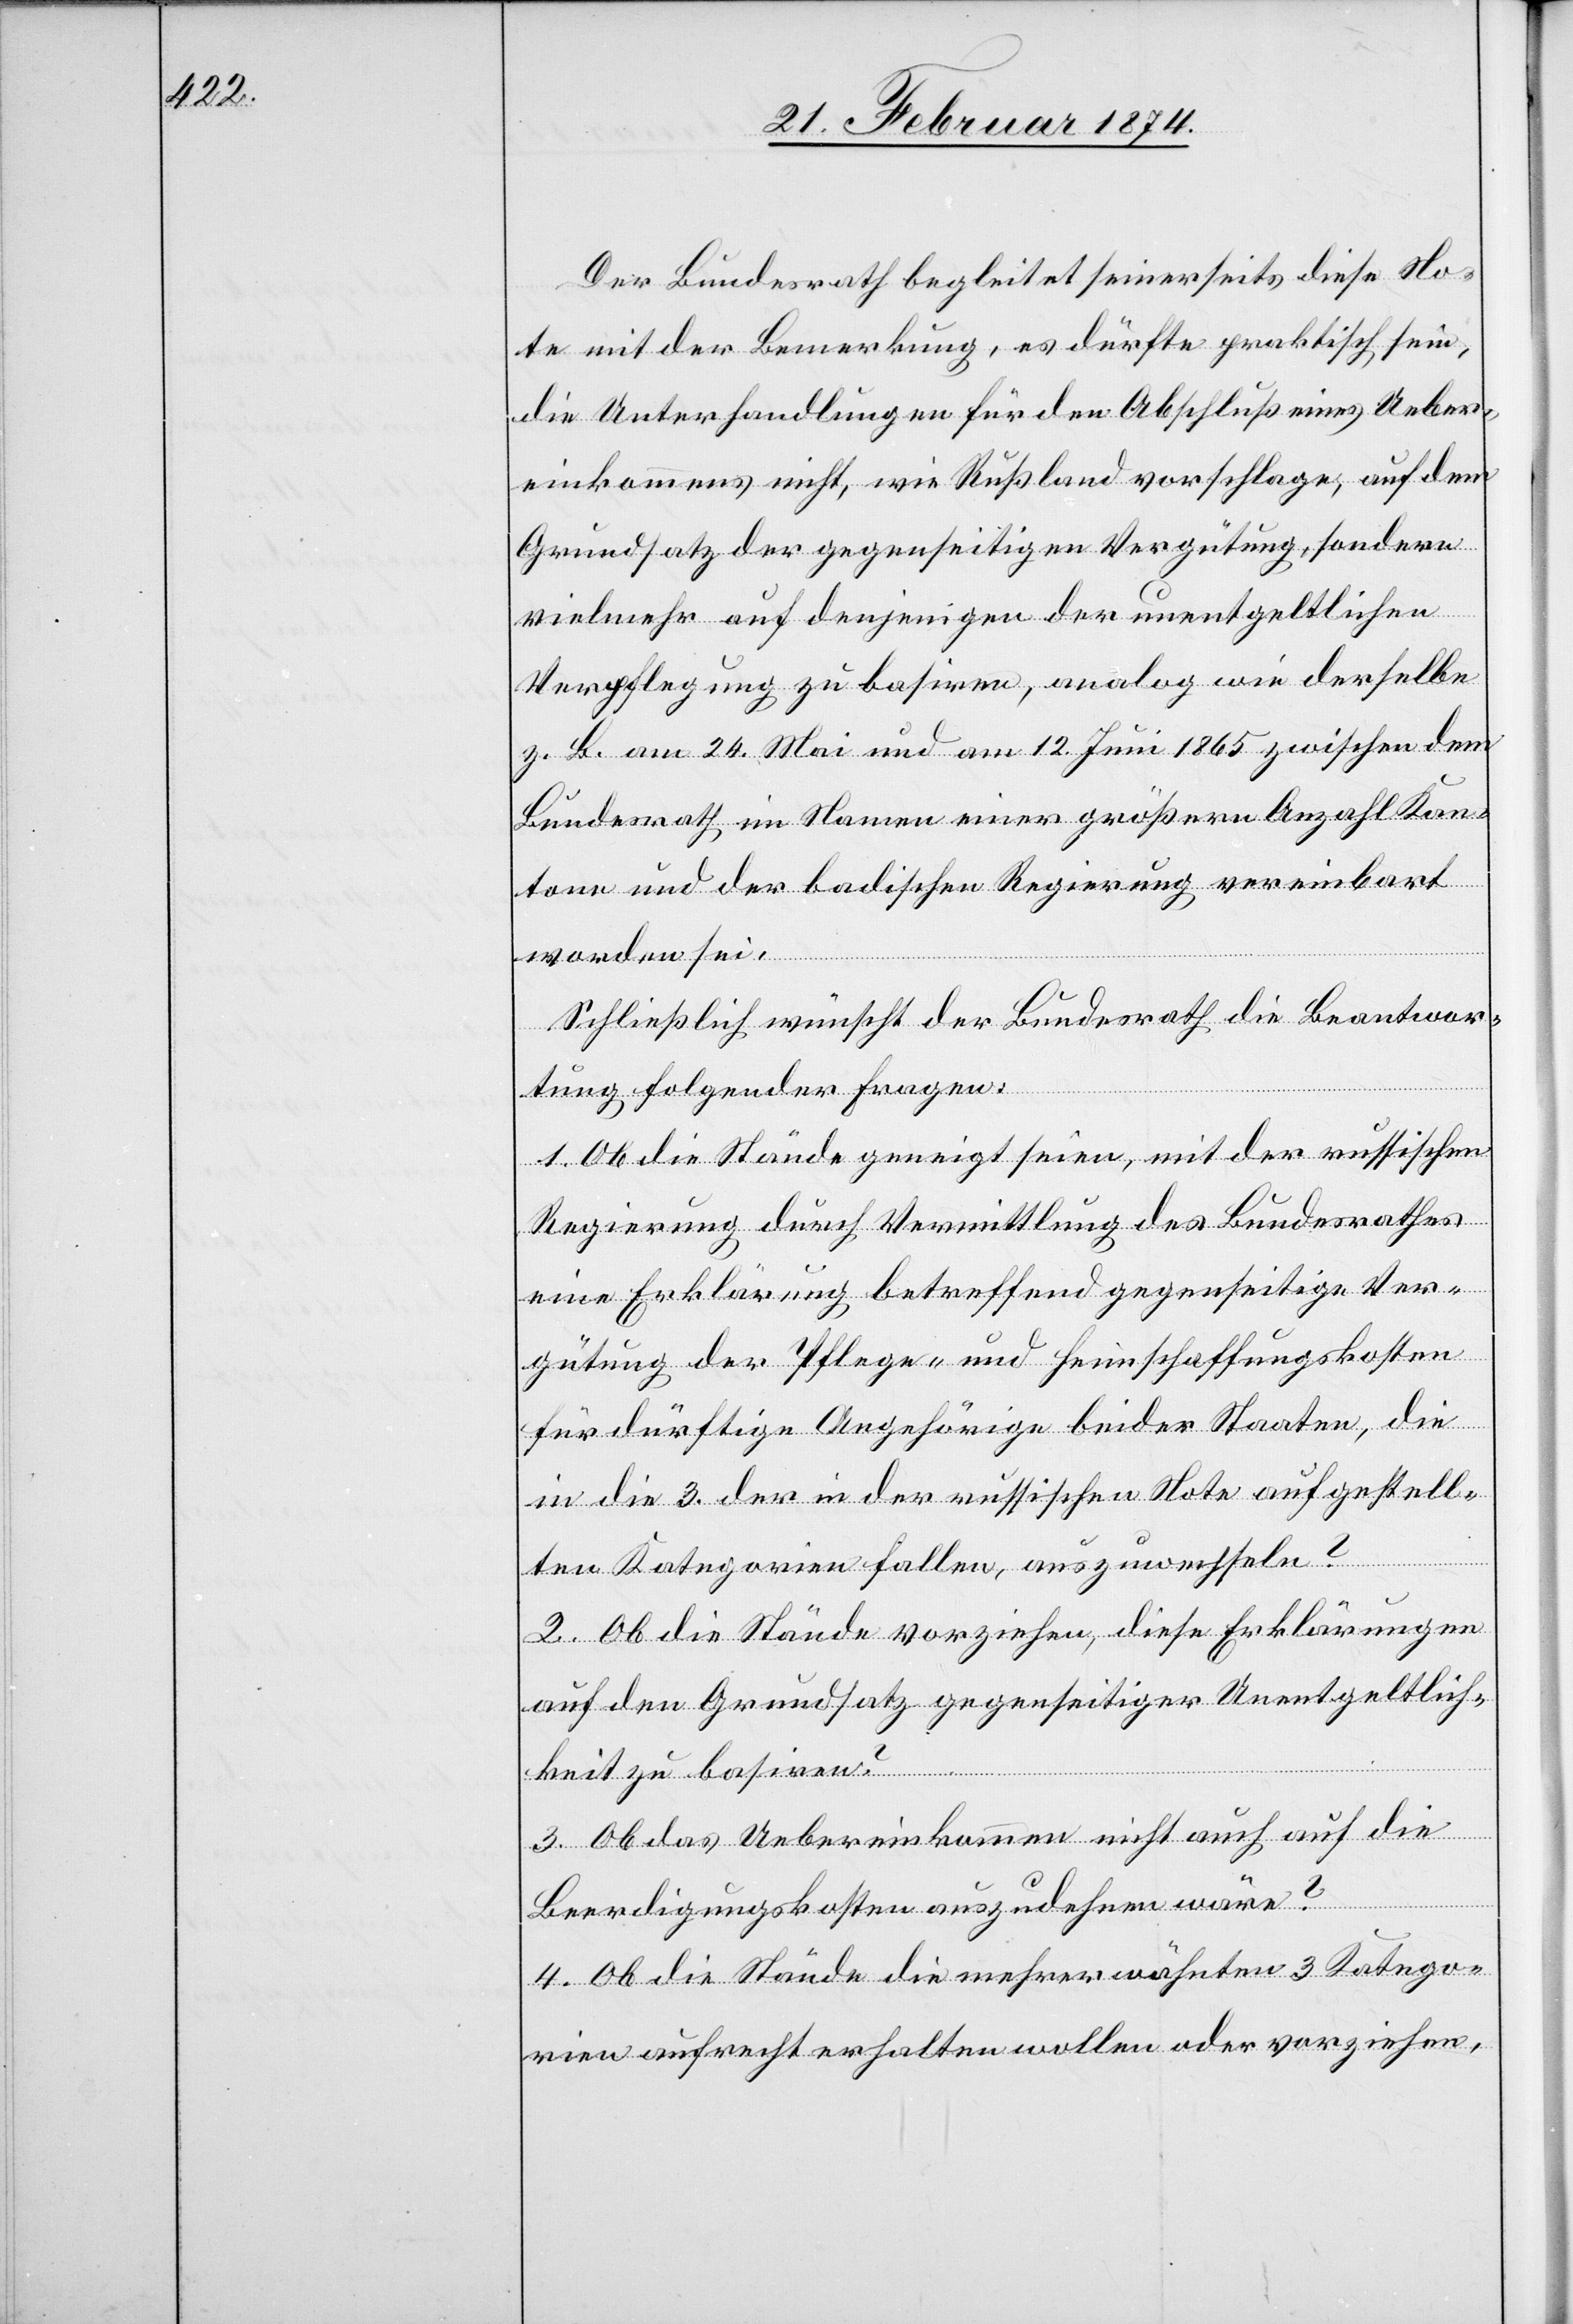
Der Bundesrath begleitet seinerseits diese No¬
te mit der Bemerkung, es dürfte praktisch sein,
die Unterhandlungen für den Abschluß eines Ueber¬
einkommens nicht, wie Rußland vorschlage, auf dem
Grundsatz der gegenseitigen Vergütung, sondern
vielmehr auf denjenigen der unentgeltlichen
Verpflegung zu basiren, analog wie derselbe
z. B. am 24. Mai und am 12. Juni 1865 zwischen dem
Bundesrath im Namen einer größern Anzahl Kan¬
tone und der badischen Regierung vereinbart
worden sei.
Schließlich wünscht der Bundesrath die Beantwor¬
tung folgender Fragen.
1. Ob die Stände geneigt seien, mit der russischen
Regierung durch Vermittlung des Bundesrathes
eine Erklärung betreffend gegenseitige Ver¬
gütung der Pflege- und Heimschaffungskosten
für dürftige Angehörige beider Staaten, die
in die 3. der in der russischen Note aufgestell¬
ten Kategorien fallen, auszuwechseln?
2. Ob die Stände vorziehen, diese Erklärungen
auf den Grundsatz gegenseitiger Unentgeltlich¬
keit zu basiren?
3. Ob das Uebereinkommen nicht auch auf die
Beerdigungskosten auszudehnen wäre?
4. Ob die Stände die mehrerwähnten 3 Katego¬
rien aufrecht erhalten wollen oder vorziehen,